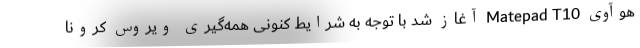
هوآوی Matepad T10 آغاز شد با توجه به شرایط کنونی همه‌گیری ویروس کرونا